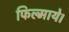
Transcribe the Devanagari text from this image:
फिल्माये।